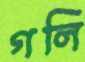
গলি